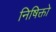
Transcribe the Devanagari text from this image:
निषिक्तो